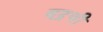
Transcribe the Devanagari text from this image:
बद्रची